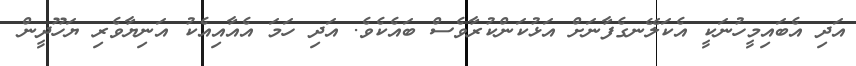
އަދި އެބައިމީހުނަކީ އެކަލޭނގެފާނަށް އަޅުކަންކުރާވެސް ބައެކެވެ. އަދި ހަމަ އެއާއިއެކު އަނިޔާވެރި ޔަހޫދީން